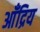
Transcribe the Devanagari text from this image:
आँद्रिय